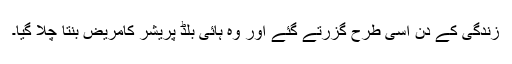
زندگی کے دن اسی طرح گزرتے گئے اور وہ ہائی بلڈ پریشر کامریض بنتا چلا گیا۔